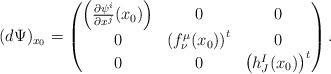
LaTeX: \begin{align*}(d\Psi)_{x_0}= \left (\begin{matrix} \left(\frac{\partial \psi^i}{\partial x^j}(x_0)\right) & 0 & 0\\0 & \left(f^\mu_\nu(x_0)\right)^t & 0\\0 & 0 & \left(h^I_J(x_0)\right)^t\end{matrix}\right ).\end{align*}